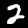
Label: 2